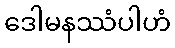
ဒေါမနဿံပါဟံ